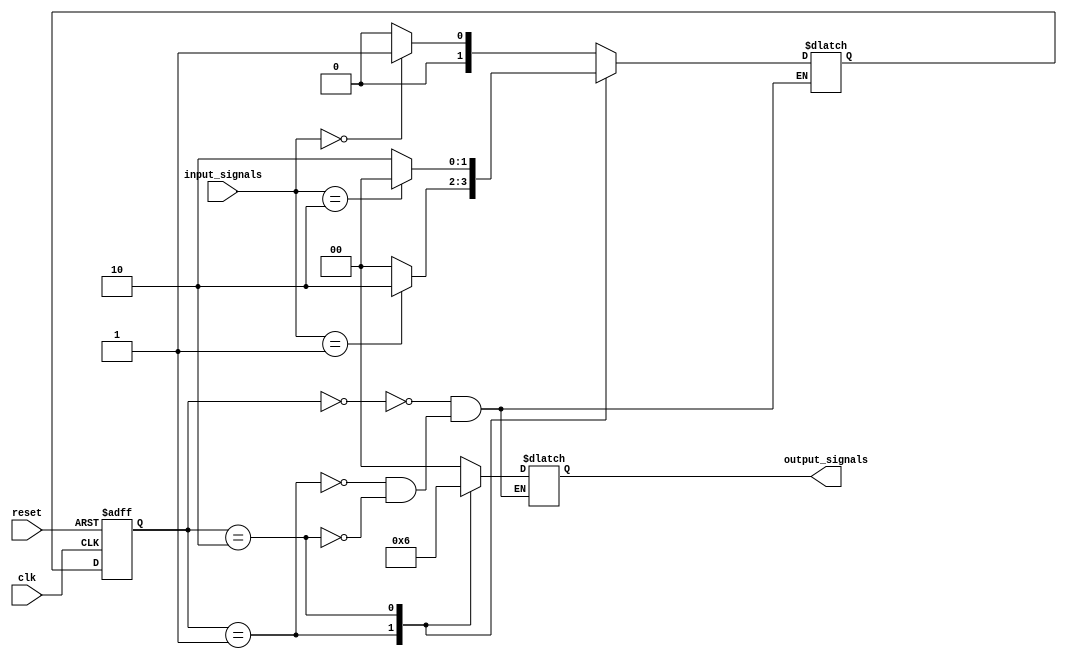
module fsm(
    input clk,
    input reset,
    input [1:0] input_signals,
    output reg [1:0] output_signals
);

// define states
parameter STATE_A = 2'b00;
parameter STATE_B = 2'b01;
parameter STATE_C = 2'b10;

// define state registers
reg [1:0] current_state;
reg [1:0] next_state;

// define output logic
always @(*) begin
    case(current_state)
        STATE_A: output_signals = 2'b00;
        STATE_B: output_signals = 2'b01;
        STATE_C: output_signals = 2'b10;
    endcase
end

// define state transition logic
always @(posedge clk or posedge reset) begin
    if(reset) begin
        current_state <= STATE_A;
    end else begin
        current_state <= next_state;
    end
end

always @(*) begin
    // define state transitions based on input signals and current state
    case(current_state)
        STATE_A: begin
            if(input_signals == 2'b00)
                next_state = STATE_B;
            else
                next_state = STATE_A;
        end
        STATE_B: begin
            if(input_signals == 2'b01)
                next_state = STATE_C;
            else
                next_state = STATE_A;
        end
        STATE_C: begin
            if(input_signals == 2'b10)
                next_state = STATE_A;
            else
                next_state = STATE_C;
        end
    endcase
end

endmodule